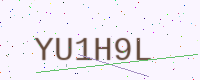
Text: YU1H9L